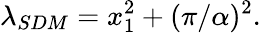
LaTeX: \lambda_{SDM}=x_{1}^{2}+(\pi/\alpha)^{2}.